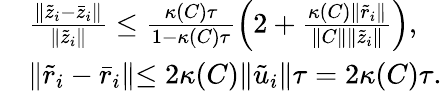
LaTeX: \begin{array}{rl}&{\frac{\lVert\tilde{z}_{i}-\bar{z}_{i}\lVert}{\lVert\tilde{z}_{i}\lVert}\leq\frac{\kappa(C)\tau}{1-\kappa(C)\tau}\Big(2+\frac{\kappa(C)\lVert\tilde{r}_{i}\lVert}{\lVert C\lVert\lVert\tilde{z}_{i}\lVert}\Big),}\\ &{\lVert\tilde{r}_{i}-\bar{r}_{i}\lVert\leq 2\kappa(C)\lVert\tilde{u}_{i}\lVert\tau=2\kappa(C)\tau.}\end{array}